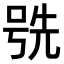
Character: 𫪕